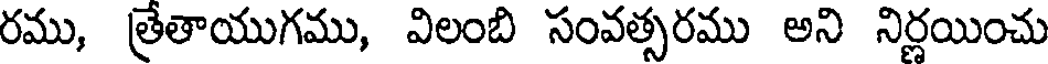
రము, త్రేతాయుగము, విలంబి సంవత్సరము అని నిర్ణయించు